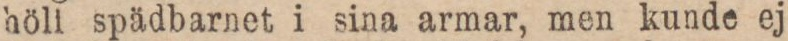
höli spädbarnet i sina armar, men kunde ej